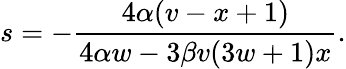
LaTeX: s=-\frac{4\alpha(v-x+1)}{4\alpha w-3\beta v(3w+1)x}.